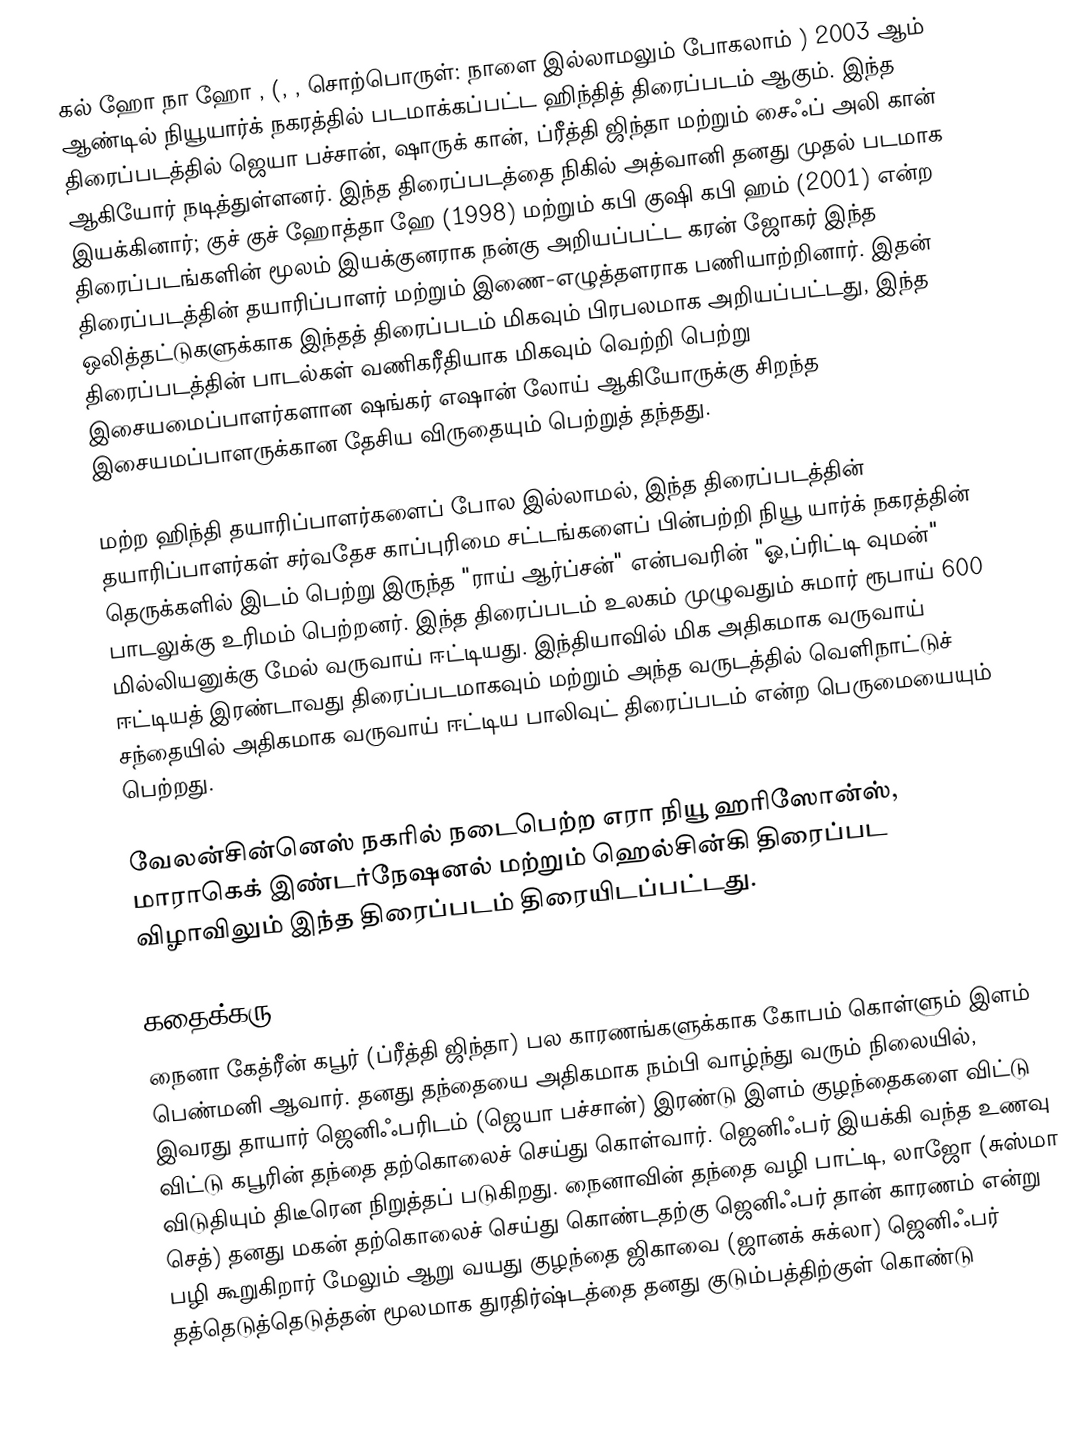
கல் ஹோ நா ஹோ  , (, , சொற்பொருள்: நாளை இல்லாமலும் போகலாம் ) 2003 ஆம் ஆண்டில் நியூயார்க் நகரத்தில் படமாக்கப்பட்ட ஹிந்தித் திரைப்படம் ஆகும். இந்த திரைப்படத்தில் ஜெயா பச்சான், ஷாருக் கான், ப்ரீத்தி ஜிந்தா மற்றும் சைஃப் அலி கான் ஆகியோர் நடித்துள்ளனர். இந்த திரைப்படத்தை நிகில் அத்வானி தனது முதல் படமாக இயக்கினார்; குச் குச் ஹோத்தா ஹே (1998) மற்றும் கபி குஷி கபி ஹம் (2001) என்ற திரைப்படங்களின் மூலம் இயக்குனராக நன்கு அறியப்பட்ட கரன் ஜோகர் இந்த திரைப்படத்தின் தயாரிப்பாளர் மற்றும் இணை-எழுத்தளராக பணியாற்றினார். இதன் ஒலித்தட்டுகளுக்காக இந்தத் திரைப்படம் மிகவும் பிரபலமாக அறியப்பட்டது, இந்த திரைப்படத்தின் பாடல்கள் வணிகரீதியாக மிகவும் வெற்றி பெற்று இசையமைப்பாளர்களான ஷங்கர் எஷான் லோய் ஆகியோருக்கு சிறந்த இசையமப்பாளருக்கான தேசிய விருதையும் பெற்றுத் தந்தது.

மற்ற ஹிந்தி தயாரிப்பாளர்களைப் போல இல்லாமல், இந்த திரைப்படத்தின் தயாரிப்பாளர்கள் சர்வதேச காப்புரிமை சட்டங்களைப் பின்பற்றி நியூ யார்க் நகரத்தின் தெருக்களில் இடம் பெற்று இருந்த "ராய் ஆர்ப்சன்" என்பவரின் "ஓ,ப்ரிட்டி வுமன்" பாடலுக்கு உரிமம் பெற்றனர். இந்த திரைப்படம் உலகம் முழுவதும் சுமார் ரூபாய் 600 மில்லியனுக்கு மேல் வருவாய் ஈட்டியது. இந்தியாவில் மிக அதிகமாக வருவாய் ஈட்டியத் இரண்டாவது திரைப்படமாகவும் மற்றும் அந்த வருடத்தில் வெளிநாட்டுச் சந்தையில் அதிகமாக வருவாய் ஈட்டிய பாலிவுட் திரைப்படம் என்ற பெருமையையும் பெற்றது.

வேலன்சின்னெஸ் நகரில் நடைபெற்ற எரா நியூ ஹரிஸோன்ஸ், மாராகெக் இண்டர்நேஷனல் மற்றும் ஹெல்சின்கி திரைப்பட விழாவிலும் இந்த திரைப்படம் திரையிடப்பட்டது.

கதைக்கரு
நைனா கேத்ரீன் கபூர் (ப்ரீத்தி ஜிந்தா) பல காரணங்களுக்காக கோபம் கொள்ளும் இளம் பெண்மனி ஆவார். தனது தந்தையை அதிகமாக நம்பி வாழ்ந்து வரும் நிலையில், இவரது தாயார் ஜெனிஃபரிடம் (ஜெயா பச்சான்) இரண்டு இளம் குழந்தைகளை விட்டு விட்டு கபூரின் தந்தை தற்கொலைச் செய்து கொள்வார். ஜெனிஃபர் இயக்கி வந்த உணவு விடுதியும் திடீரென நிறுத்தப் படுகிறது. நைனாவின் தந்தை வழி பாட்டி, லாஜோ (சுஸ்மா செத்) தனது மகன் தற்கொலைச் செய்து கொண்டதற்கு ஜெனிஃபர் தான் காரணம் என்று பழி கூறுகிறார் மேலும் ஆறு வயது குழந்தை ஜிகாவை (ஜானக் சுக்லா) ஜெனிஃபர் தத்தெடுத்தெடுத்தன் மூலமாக துரதிர்ஷ்டத்தை தனது குடும்பத்திற்குள் கொண்டு